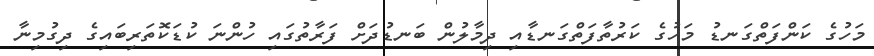
މަހުގެ ކަންފަތްގަނޑު މަހުގެ ކަރުތާފަތްގަނޑާއި ދިމާލުން ބަނޑުދަށް ފަރާތުގައި ހުންނަ ކުޑަކޮތަރިބައިގެ ދިގުމިނާ